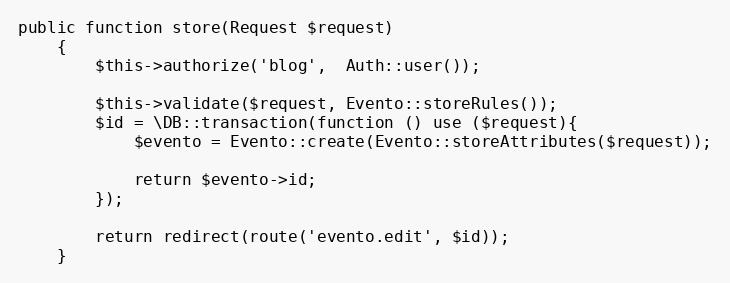
Language: PHP
public function store(Request $request)
	{
		$this->authorize('blog',  Auth::user());

		$this->validate($request, Evento::storeRules());
		$id = \DB::transaction(function () use ($request){
			$evento = Evento::create(Evento::storeAttributes($request));

			return $evento->id;
		});

		return redirect(route('evento.edit', $id));
	}